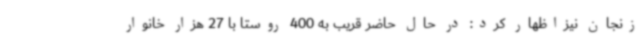
زنجان نیزاظهار کرد: در حال حاضر قریب به 400 روستا با 27 هزار خانوار